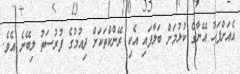
އެއަށްފަހު އޭނާގެ ކުޅުމަށް ބަލާފައި އެކި ރޭންކްތަކަށް ދިއުމުގެ ފުރުސަތު ލިބޭނެ އެވެ.